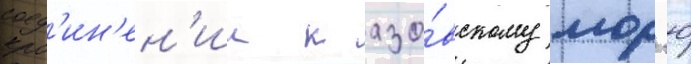
соед'ин'ен'ии к азо́вскому мор'ю